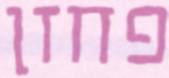
פחזן